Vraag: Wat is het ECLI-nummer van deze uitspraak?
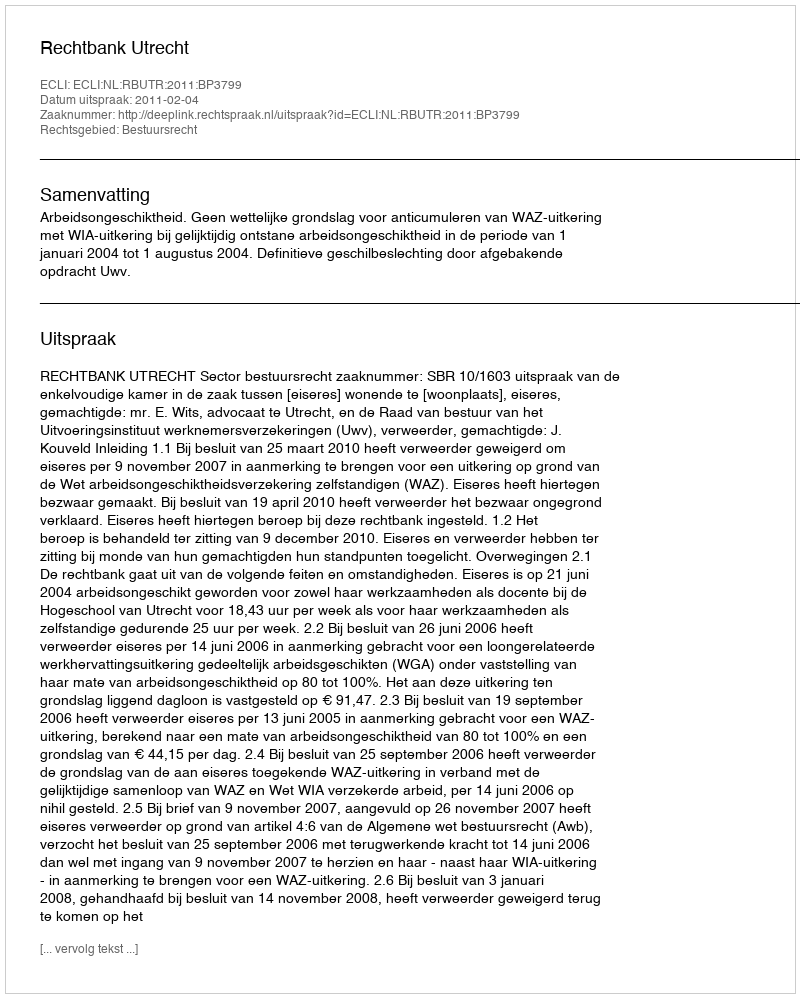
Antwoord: ECLI:NL:RBUTR:2011:BP3799